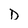
Character: D